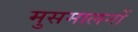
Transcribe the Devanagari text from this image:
मुसमालनों